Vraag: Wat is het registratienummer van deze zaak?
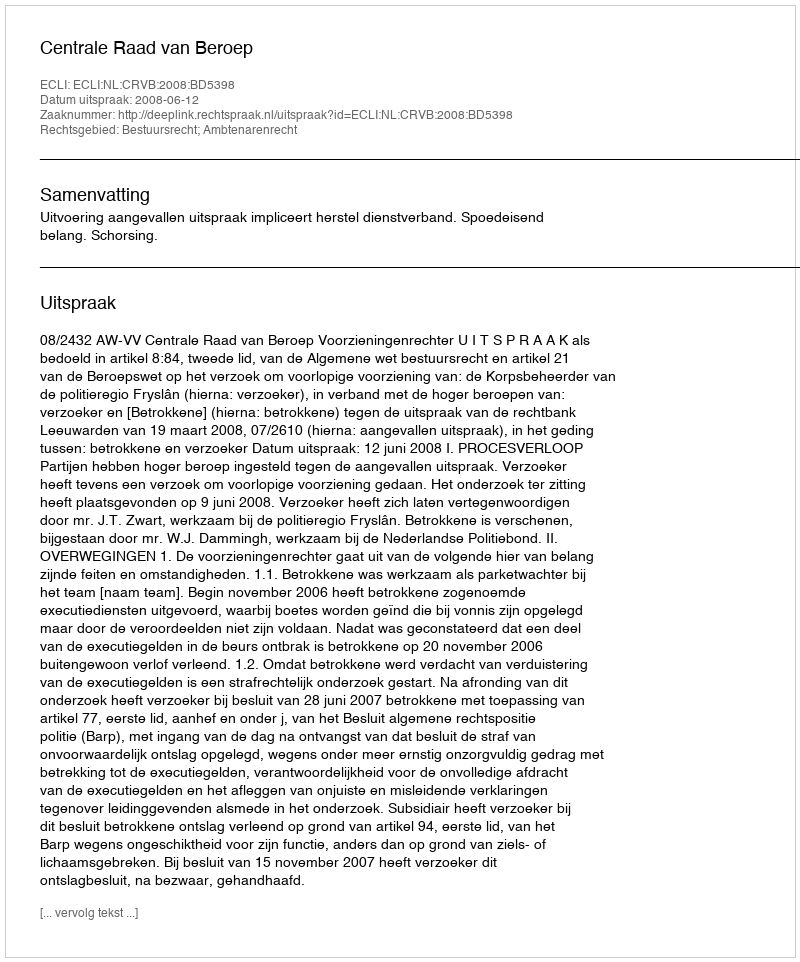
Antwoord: http://deeplink.rechtspraak.nl/uitspraak?id=ECLI:NL:CRVB:2008:BD5398